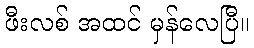
ဖီးလစ် အထင် မှန်လေပြီ။